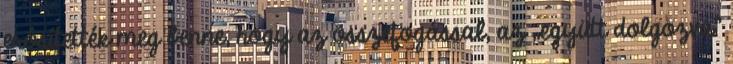
erôsítették meg benne, hogy az összefogással, az „együtt dolgozva”